Annual administration report of the Civil Veterinary Department of India - 1898-1899
Year: 1898
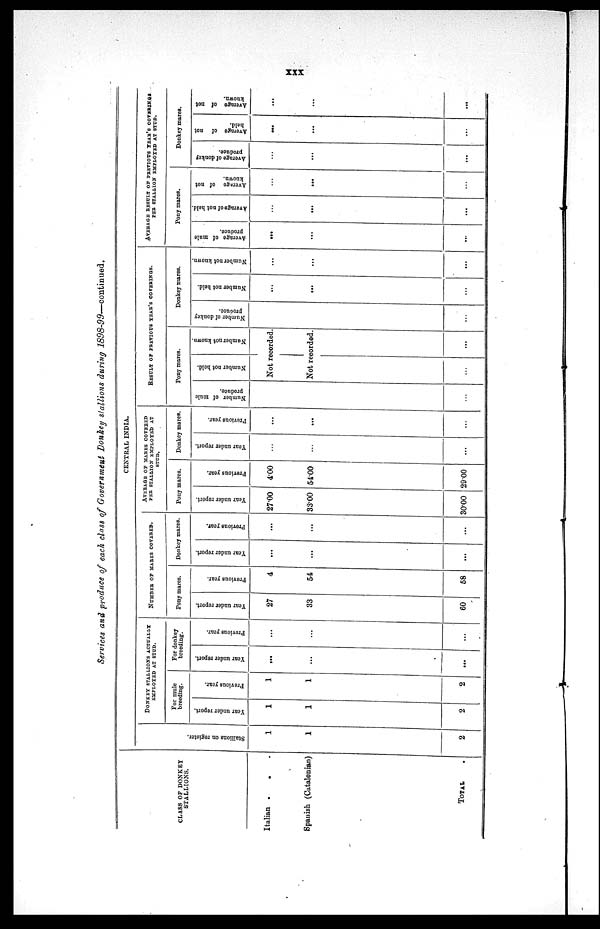
xxx
Services and produce of each class of Government Donkey stallions during 1898-99—continued.
CLASS OF DONKEY
STALLIONS.
Italian . . .
Spanish (Catalonian)
TOTAL .
CENTRAL INDIA.
St al l
i
ons on register.
1
1
2
DONKEY STALLIONS ACTUALLY
EMPLOYED AT STUD.
For mule
breeding.
Year under report.
1
1
2
Provious year.
1
1
2
For donkey
breeding.
Year under report.
...
...
...
Previous year.
...
...
...
NUMBER OF MARES COVERED.
Pony mares.
Year under report.
27
33
60
Previous year.
4
54
58
Donkey mares.
Year under report.
...
...
...
Previous year.
...
...
...
AVERAGE OF MARES COVERED
PER STALLION EMPLOYED AT
STUD.
Pony mares.
Year under report.
27.00
33.00
30.00
Previous year.
4.00
54.0
29.00
Donkey mares.
Year under report.
...
...
...
Previous year.
...
...
...
RESULT OF PREVIOUS YEAR'S COVERINGS.
Pony mares.
Number of mule
produce.
...
Number not held.
Number not known.
Not recorded.
Not recorded.
...
...
Donkey mares.
Number of donkey
produce.
...
...
Number not held.
...
...
...
Number not known.
...
...
...
AVERAGE RESULT OF PREVIOUS YEAR'S COVERINGS
PEE STALLION EMPLOYED AT STUD.
Pony mares.
Average of mule
produce.
...
...
...
Average
of not held.
...
...
...
Average
of not
known.
...
...
...
Donkey mares.
Average of donkey
produce.
...
...
...
Average
of not
held.
...
...
...
Average of not
known.
...
...
...